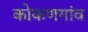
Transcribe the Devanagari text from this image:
कोकणगांव